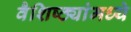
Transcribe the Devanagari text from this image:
वैशिष्ठ्यांमध्ये